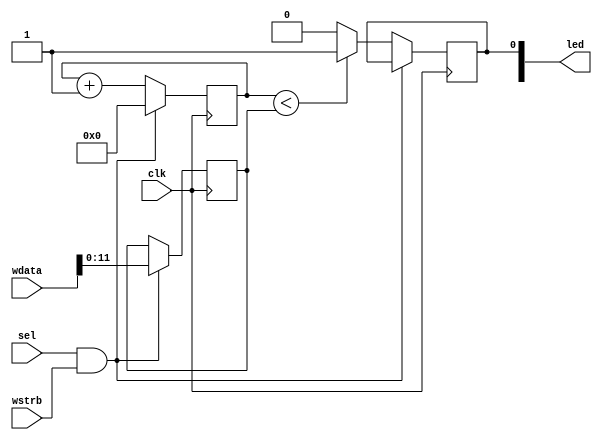
// PWM driver for FemtoRV: https://github.com/BrunoLevy/learn-fpga
//
// Controls brightness of first LED. Set duty cycle with wdata (0..4095).
//
// License: 0BSD

// Control brightness of one of the LEDs
module pwm #(

    // Parameters
    parameter       WIDTH = 12  // Default PWM values 0..4095

) (

    // Inputs
    input           clk,
    input           wstrb,  // Write strobe
    input           sel,    // Select (read/write ignored if low)
    input   [31:0]  wdata,  // Data to be written (to driver)
    
    // Outputs
    output  [3:0]   led
);

    // Internal storage elements
    reg             pwm_led = 1'b0;
    reg [WIDTH-1:0] pwm_count = 0;
    reg [WIDTH-1:0] count = 0;
    
    // Only control the first LED
    assign led[0] = pwm_led;
    
    // Update PWM duty cycle 
    always @ (posedge clk) begin
    
        // If sel is high, record duty cycle count on strobe
        if (sel && wstrb) begin
            pwm_count <= wdata[WIDTH-1:0];
            count <= 0;
            
        // Otherwise, continuously count and flash LED as necessary
        end else begin
            count <= count + 1;
            if (count < pwm_count) begin
                pwm_led <= 1'b1;
            end else begin
                pwm_led <= 1'b0;
            end
        end
    end
    
endmodule